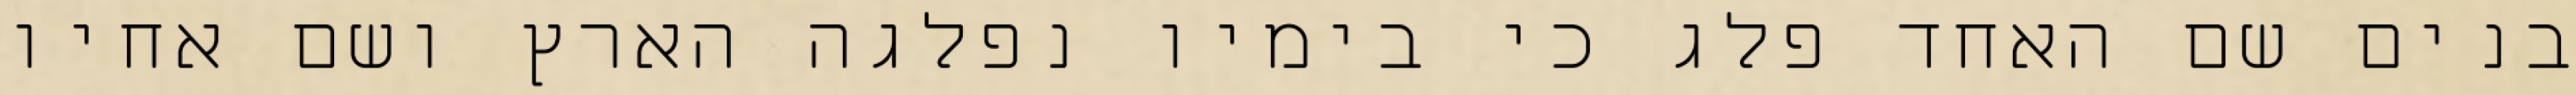
בנים שם האחד פלג כי בימיו נפלגה הארץ ושם אחיו